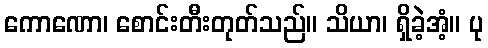
ကောဏော၊ စောင်းတီးတုတ်သည်။ သိယာ၊ ရှိခဲ့အံ့။ ပု